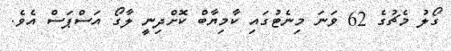
ގޯލު މެޗުގެ 62 ވަނަ މިނެޓުގައި ކާމިޔާބް ކޮށްދިނީ ލާގޯ އަސްޕަސް އެވެ.